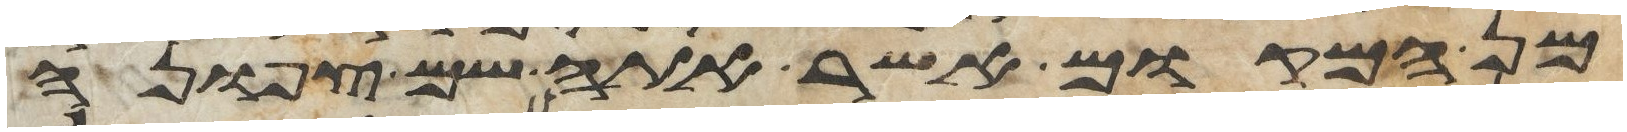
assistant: מן המקום אשר אתה שם צפונה